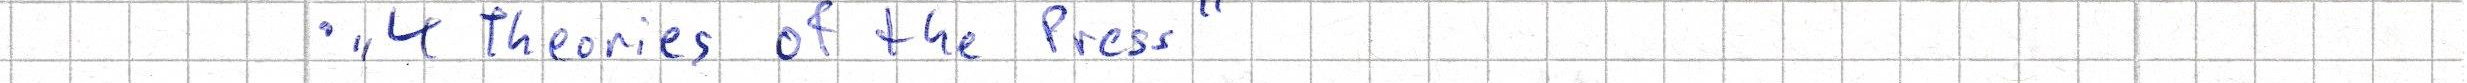
- "4 Theories of the Press"